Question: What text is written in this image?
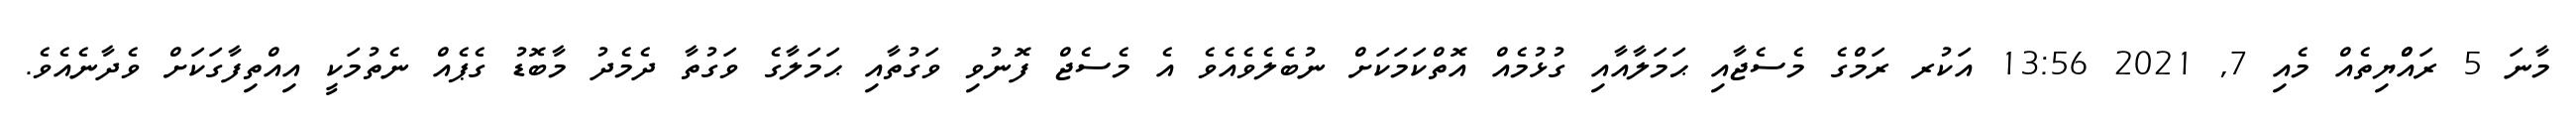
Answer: މާނަ 5 ރައްްޔިތެއް މެއި 7, 2021 13:56 އަކުރ ރަމްގެ މެސެޖާއި ޙަމަލާއާއި ގުޅުމެއް އޮތްކަމަކަށް ނުބެލެވެއެވެ އެ މެސެޖް ފޮނުވި ވަގުތާއި ޙަމަލާގެ ވަގުތާ ދެމެދު މާބޮޑު ގެޕެއް ނެތުމަކީ އިއްތިފާގަކަށް ވެދާނެއެވެ.